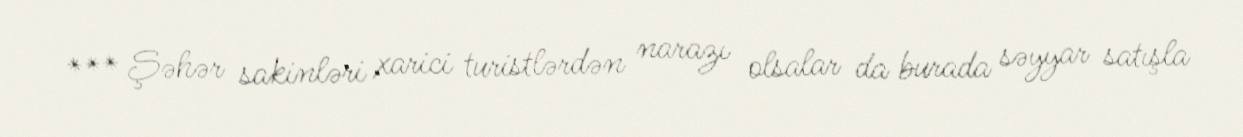
*** Şəhər sakinləri xarici turistlərdən narazı olsalar da burada səyyar satışla